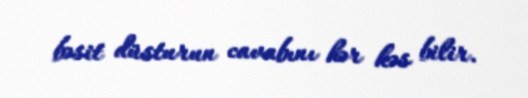
bəsit düsturun cavabını hər kəs bilir.